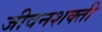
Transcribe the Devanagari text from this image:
जीवनशक्ती